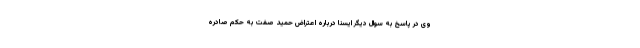
وی در پاسخ به سوال دیگر ایسنا درباره اعتراض حمید صفت به حکم صادره